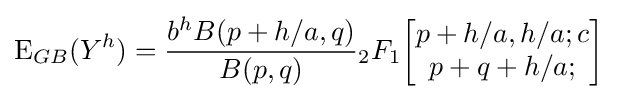
\operatorname {E} _{GB}(Y^{h})={\frac {b^{h}B(p+h/a,q)}{B(p,q)}}{}_{2}F_{1}{\begin{bmatrix}p+h/a,h/a;c\\p+q+h/a;\end{bmatrix}}